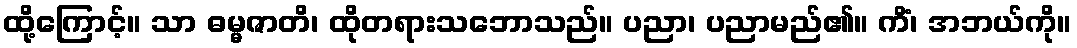
ထို့ကြောင့်။ သာ ဓမ္မဇာတိ၊ ထိုတရားသဘောသည်။ ပညာ၊ ပညာမည်၏။ ကိံ၊ အဘယ်ကို။